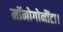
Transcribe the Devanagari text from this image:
मॉनोगोनौंटा।